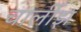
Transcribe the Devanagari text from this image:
चार्लीझ